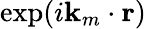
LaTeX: \exp(i\mathbf{k}_{m}\cdot\mathbf{r})